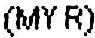
(MYR)